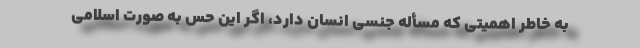
به خاطر اهمیتی که مسأله جنسی انسان دارد، اگر این حس به صورت اسلامی